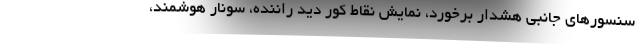
سنسورهای جانبی هشدار برخورد، نمایش نقاط کور دید راننده، سونار هوشمند،